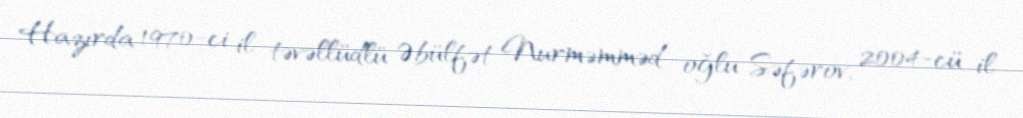
Hazırda 1970-ci il təvəllüdlü Əbülfət Nurməmməd oğlu Səfərov, 2004-cü il